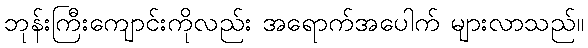
ဘုန်းကြီးကျောင်းကိုလည်း အရောက်အပေါက် များလာသည်။